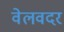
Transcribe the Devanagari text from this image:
वेलवदर